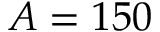
A = 1 5 0